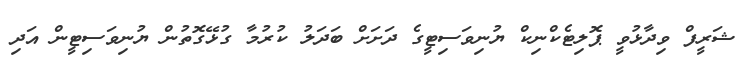
ޝަރީފް ވިދާޅުވީ ޕޮލިޓެކްނިކް ޔުނިވަސިޓީގެ ދަށަށް ބަދަލު ކުރުމާ ގުޅޭގޮތުން ޔުނިވަސިޓީން އަދި